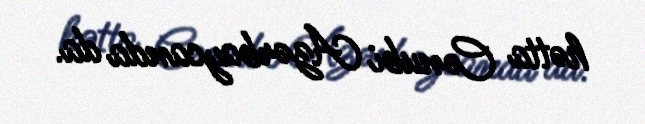
hətta Cənubi Azərbaycanda da.